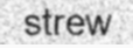
strew